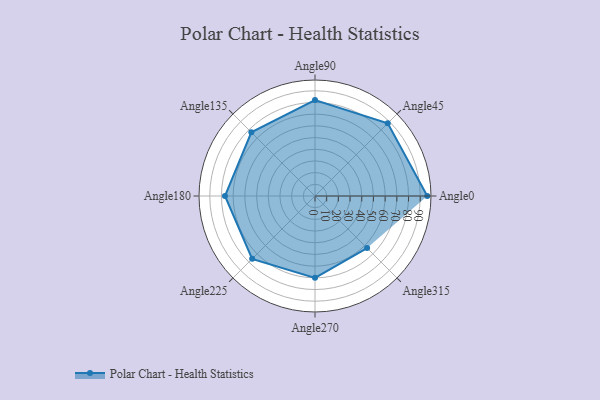
{"axis": {"x": "Angle", "y": "Radius"}, "legend": [""], "data": [{"x": "Angle0", "y": 96.0, "type": ""}, {"x": "Angle45", "y": 88.0, "type": ""}, {"x": "Angle90", "y": 82.0, "type": ""}, {"x": "Angle135", "y": 77.0, "type": ""}, {"x": "Angle180", "y": 77.0, "type": ""}, {"x": "Angle225", "y": 76.0, "type": ""}, {"x": "Angle270", "y": 70.0, "type": ""}, {"x": "Angle315", "y": 63.0, "type": ""}]}